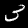
Digit: 3